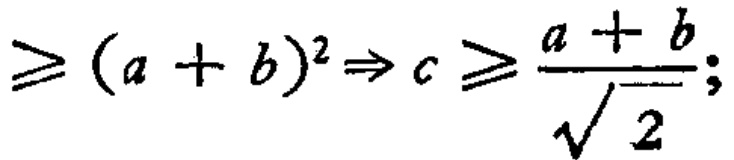
$\geqslant (a + b)^{2}\Rightarrow c\geqslant \frac{a + b}{\sqrt{2}};$